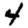
Digit: 4